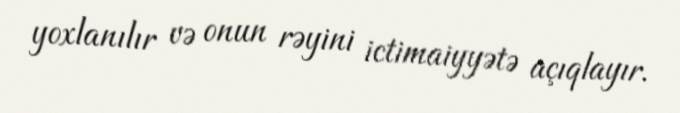
yoxlanılır və onun rəyini ictimaiyyətə açıqlayır.